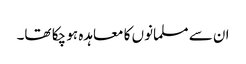
ان سے مسلمانوں کا معاہدہ ہو چکا تھا۔